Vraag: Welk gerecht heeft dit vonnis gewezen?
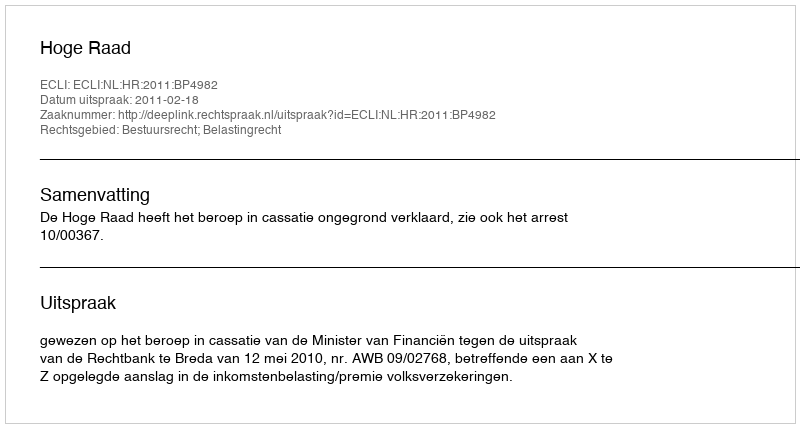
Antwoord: Hoge Raad